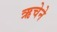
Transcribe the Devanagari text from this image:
ऋचेने